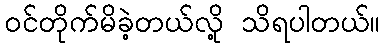
ဝင်တိုက်မိခဲ့တယ်လို့ သိရပါတယ်။